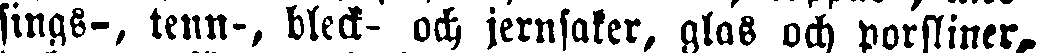
sings-, tenn-, bleck- och jernsaker, glas och porsliner,